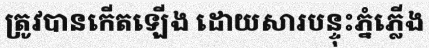
ត្រូវបានកើតឡើង ដោយសារបន្ទុះភ្នំភ្លើង